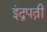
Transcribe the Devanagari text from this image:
इंद्रपत्नी